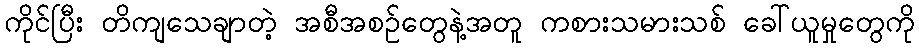
ကိုင်ပြီး တိကျသေချာတဲ့ အစီအစဉ်တွေနဲ့အတူ ကစားသမားသစ် ခေါ်ယူမှုတွေကို